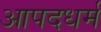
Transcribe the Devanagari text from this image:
आपदधर्म